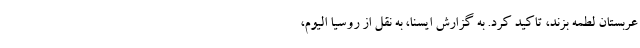
عربستان لطمه بزند، تاکید کرد. به گزارش ایسنا، به نقل از روسیا الیوم،